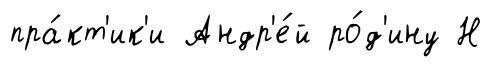
пра́кт'ик'и Андр'е́й ро́д'ину Н